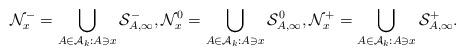
LaTeX: \begin{align*}\mathcal{N}^-_x =\bigcup_{A \in \mathcal{A}_k: A \ni x }\mathcal{S}^-_{A,\infty} , \mathcal{N}^0_x =\bigcup_{A \in\mathcal{A}_k: A \ni x } \mathcal{S}^0_{A,\infty} , \mathcal{N}^+_x =\bigcup_{A \in \mathcal{A}_k: A \ni x }\mathcal{S}^+_{A,\infty}.\end{align*}